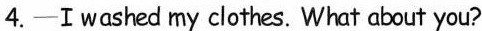
4.—I washed my clothes. What about you?